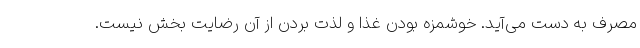
مصرف به دست می‌آید. خوشمزه بودن غذا و لذت بردن از آن رضایت بخش نیست.